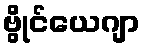
ဗွိုင်ယေဂျာ